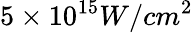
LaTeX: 5\times 10^{15}W/cm^{2}